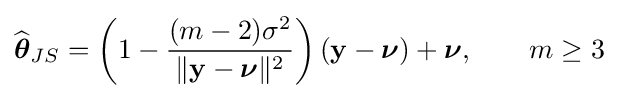
{\widehat {\boldsymbol {\theta }}}_{JS}=\left(1-{\frac {(m-2)\sigma ^{2}}{\|{\mathbf {y} }-{\boldsymbol {\nu }}\|^{2}}}\right)({\mathbf {y} }-{\boldsymbol {\nu }})+{\boldsymbol {\nu }},\qquad m\geq 3